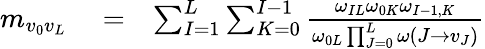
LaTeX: \begin{array}{rlr}{m_{v_{0}v_{L}}}&{{}=}&{\sum_{I=1}^{L}\sum_{K=0}^{I-1}\frac{\omega_{IL}\omega_{0K}\omega_{I-1,K}}{\omega_{0L}\prod_{J=0}^{L}\omega(J\to v_{J})}}\end{array}